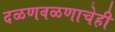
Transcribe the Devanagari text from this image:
दळणवळणाचेही